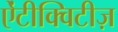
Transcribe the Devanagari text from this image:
ऐंटीक्विटीज़